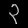
Digit: ၃